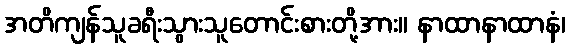
အတိကျန်သူခရီးသွားသူတောင်းစားတို့အား။ နာထာနာထာနံ၊